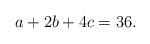
LaTeX: \begin{align*}a+2b+4c=36.\end{align*}